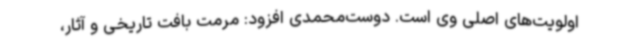
اولویت‌های اصلی وی است. دوست‌محمدی افزود: مرمت بافت تاریخی و آثار،